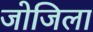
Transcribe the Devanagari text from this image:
जोजिला